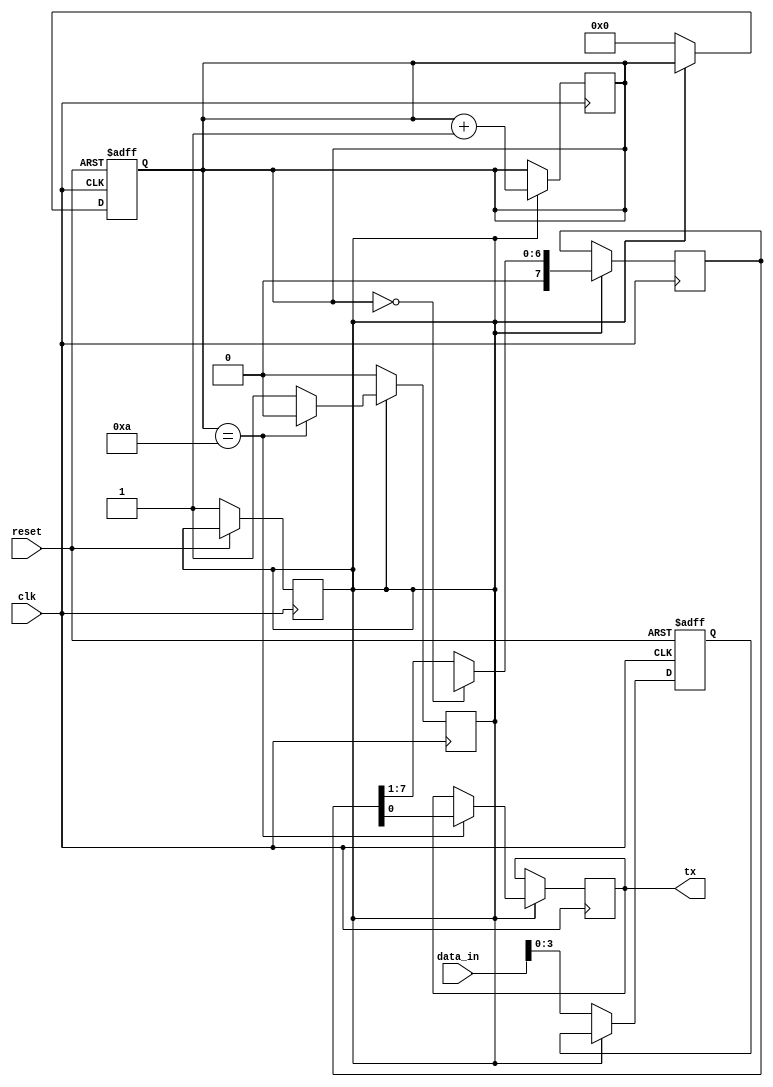
module uart_transmitter (
    input wire clk,
    input wire reset,
    input wire [7:0] data_in,
    output reg tx
);

reg [10:0] baud_counter;
reg [3:0] data_buffer;
reg [3:0] bit_count;
reg [7:0] shift_register;
reg tx_busy;

// Data Input Block
always @(posedge clk or posedge reset) begin
    if (reset) begin
        data_buffer <= 0;
        bit_count <= 0;
    end else begin
        if (!tx_busy) begin
            data_buffer <= data_in;
            bit_count <= 0;
            tx_busy <= 1;
        end
    end
end

// Encoding Block
always @(posedge clk) begin
    if (tx_busy) begin
        case (bit_count)
            0: shift_register <= {start_bit, data_buffer, stop_bit}; // include start and stop bits
            default: shift_register <= shift_register >> 1; // shift data to transmit
        endcase
        
        bit_count <= bit_count + 1;
        
        if (bit_count == 10) begin
            tx <= shift_register[0]; // transmit data bit
            tx_busy <= 0;
        end
    end
end

// Baud Rate Generator
always @(posedge clk) begin
    if (baud_counter == 50000) begin // generate baud rate based on clock frequency
        baud_counter <= 0;
    end else begin
        baud_counter <= baud_counter + 1;
    end
end

endmodule